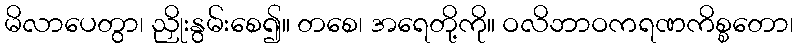
မိလာပေတွာ၊ ညှိုးနွမ်းစေ၍။ တစေ၊ အရေတို့ကို။ ဝလိဘာဝကရဏကိစ္စတော၊